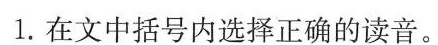
1.在文中括号内选择正确的读音。